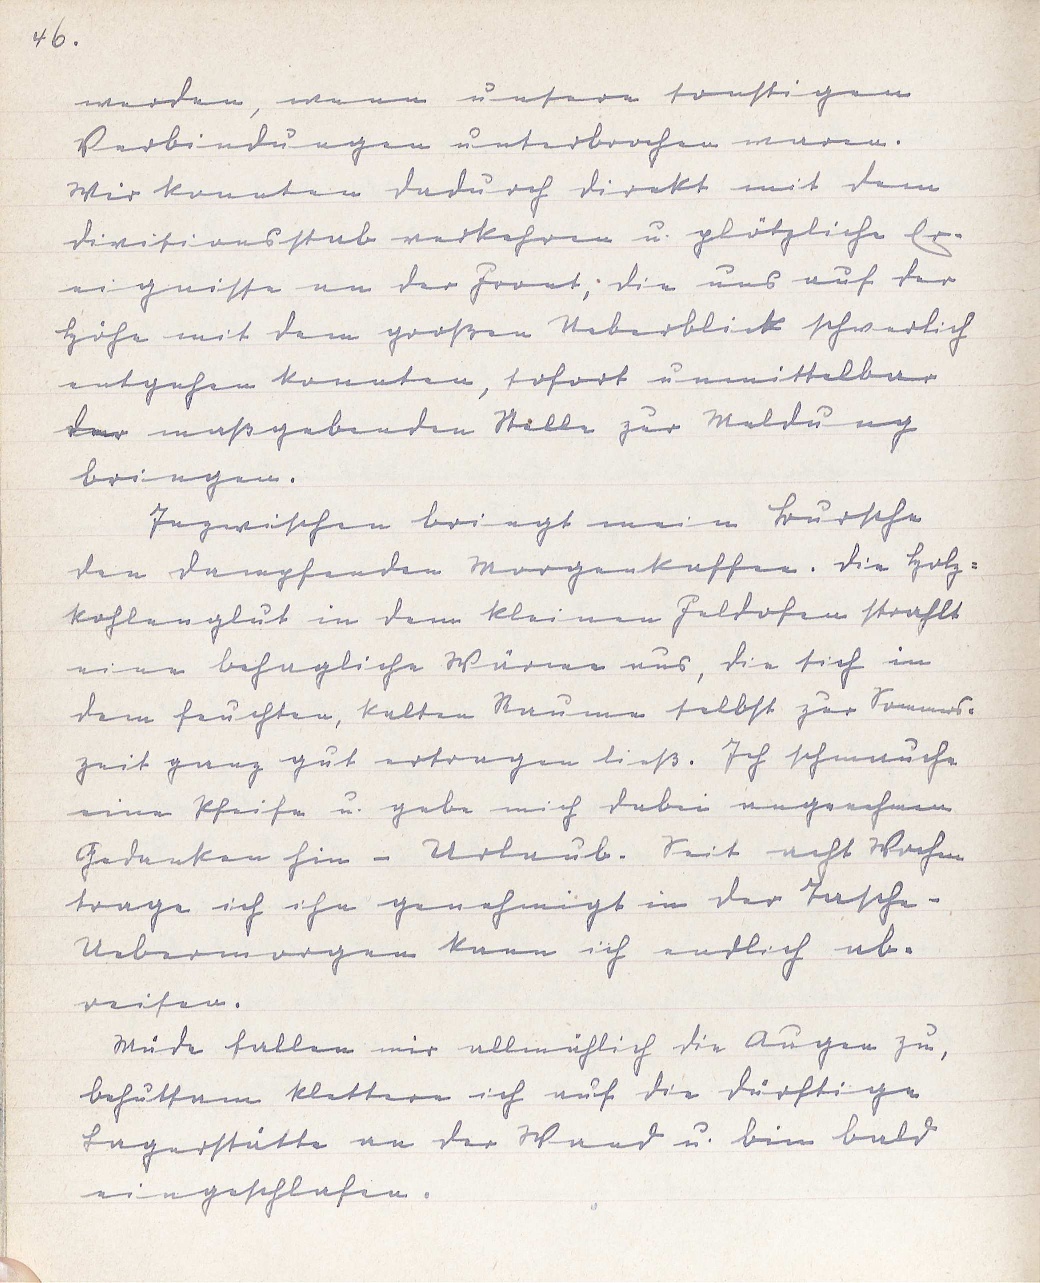
46.
werden, wenn unsere sonstigen
Verbindungen unterbrochen waren.
Wir konnten dadurch direkt mit dem
Divisionsstab verkehren u. plötzliche Er¬
eignisse an der Front; die uns auf der
Höhe mit dem großen Ueberblick schwerlich
entgehen konnten, sofort unmittelbar
der maßgebenden Stelle zur Meldung
bringen.
Inzwischen bringt mein Bursche
den dampfenden Morgenkaffee. Die Holz¬
kohlenglut in dem kleinen Feldofen strahlt
eine behagliche Wärme aus, die sich in
dem feuchten, kalten Raum selbst zur Sommers¬
zeit ganz gut ertragen ließ. Ich schmauche
eine Pfeife u. gebe mich dabei angenehmen
Gedanken hin - Urlaub. Seit acht Wochen
trage ich ihn genehmigt in der Tasche -
Uebermorgen kann ich endlich ab¬
reisen.
Müde fallen mir allmählich die Augen zu,
behutsam klettere ich auf die dürftige
Lagerstätte an der Wand u. bin bald
eingeschlafen.